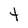
Character: t